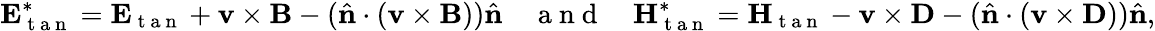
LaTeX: \mathbf{E}_{\mathrm{~t~a~n~}}^{*}=\mathbf{E}_{\mathrm{~t~a~n~}}+\mathbf{v}\times\mathbf{B}-(\hat{\mathbf{n}}\cdot(\mathbf{v}\times\mathbf{B}))\hat{\mathbf{n}}\quad\mathrm{~a~n~d~}\quad\mathbf{H}_{\mathrm{~t~a~n~}}^{*}=\mathbf{H}_{\mathrm{~t~a~n~}}-\mathbf{v}\times\mathbf{D}-(\hat{\mathbf{n}}\cdot(\mathbf{v}\times\mathbf{D}))\hat{\mathbf{n}},